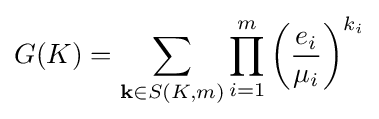
G(K)=\sum _{\mathbf {k} \in S(K,m)}\prod _{i=1}^{m}\left({\frac {e_{i}}{\mu _{i}}}\right)^{k_{i}}